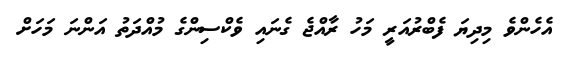
އެހެންވެ މިދިޔަ ފެބްރުއަރީ މަހު ރާއްޖެ ގެނައި ވެކްސިންގެ މުއްދަތު އަންނަ މަހަށް